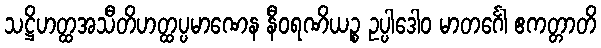
သဋ္ဌိဟတ္ထအသီတိဟတ္ထပ္ပမာဏေန နီဝရဏိယဉ္စ ဥပ္ပါဒေါဝ မာတင်္ဂေါ ဧကတ္တာတိ